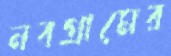
নবগ্রামের